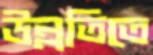
উন্নতিতে